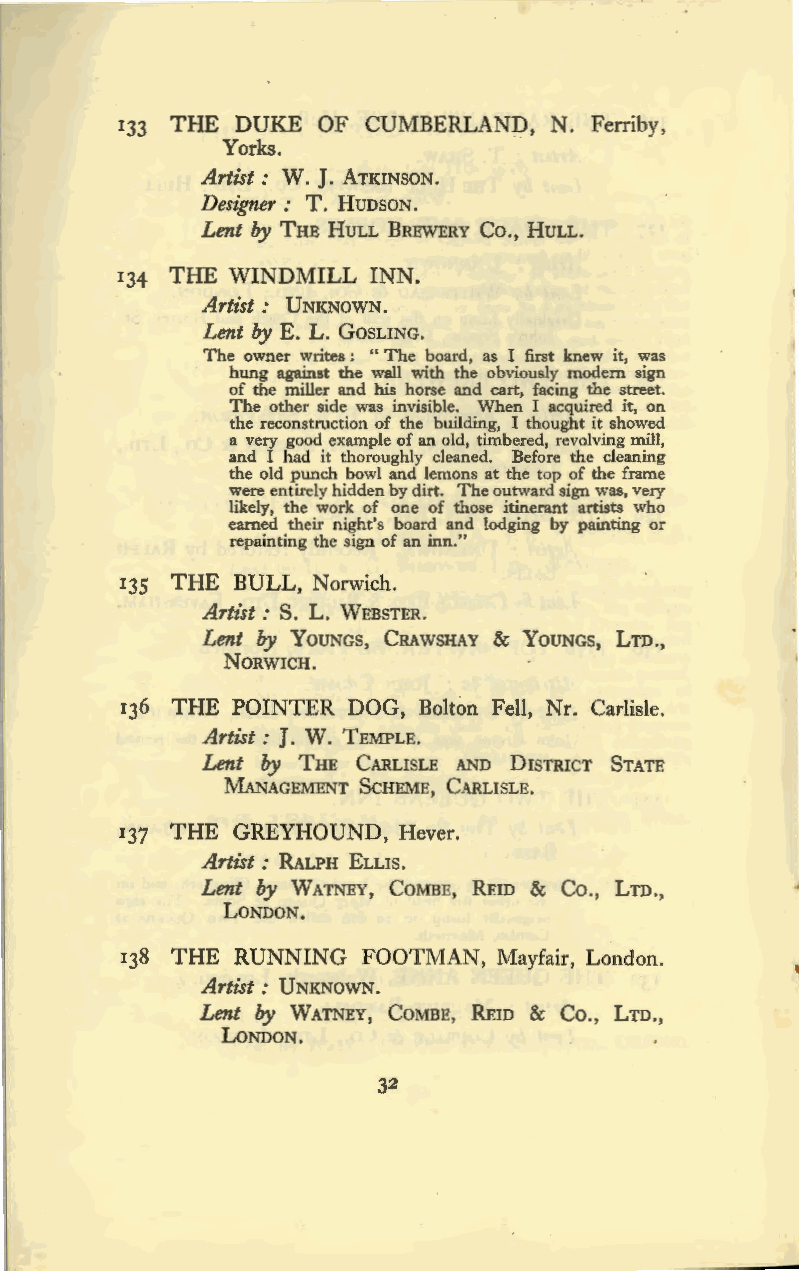
133 THE DUKE OF CUMBERLANp, N. Ferriby,
 Yorks.
 Artist : W. J. ATKINSON.
 Designer : T. HUDSON.
 Lent by THE HULL BREWERY Co., HULL.
 134 THE WINDMILL INN.
 Artist : UNKNOWN.
 Lent by E. L. GOSLING.
 The owner writes : " The board, as I first knew it, was
 hung against the wall with the obviously modem sign
 of the miller and his horse and cart, facing the street.
 The other side was invisible. When I acquired it, on
 the reconstruction of the building, I thought it showed
 a very good example of an old, timbered, revolving mill,
 and I had it thoroughly cleaned. Before the cleaning
 the old punch bowl and lemons at the top of the frame
 were entirely hidden by dirt. The outward sign was, very
 likely, the work of one of those itinerant artists who
 earned their night's board and lodging by painting or
 repainting the sign of an inn."
 135 THE BULL, Norwich.
 Artist: S. L. WEBSTER.
 Lent by YOUNGS, CRAWSHAY & YOUNGS, LTD.,
 NORWICH.
 136 THE POINTER DOG, Bolton Fell, Nr. Carlisle.
 Artist : J. W. TEMPLE.
 Lent by THE CARLISLE AND DISTRICT STATE
 MANAGEMENT SCHEME, CARLISLE.
 137 THE GREYHOUND, Hever.
 Artist: RALPH ELLIS.
 Lent by WATNEY, COMBE, REID & Co., LTD.,
 LONDON.
 138 THE RUNNING FOOTMAN, Mayfair, London.
 Artist: UNKNOWN.
 Lent by WATNEY, CoMBE, REID & Co., LTD.,
 LONDON.
 32